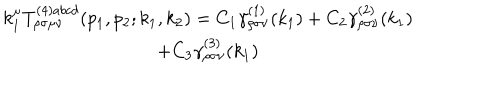
LaTeX: \begin{array} { c } { { k _ { 1 } ^ { \mu } T _ { \rho \sigma \mu \nu } ^ { ( 4 ) a b c d } ( p _ { 1 } , p _ { 2 } ; k _ { 1 } , k _ { 2 } ) = C _ { 1 } \gamma _ { \rho \sigma \nu } ^ { ( 1 ) } ( k _ { 1 } ) + C _ { 2 } \gamma _ { \rho \sigma \nu } ^ { ( 2 ) } ( k _ { 1 } ) } } \\ { { + C _ { 3 } \gamma _ { \rho \sigma \nu } ^ { ( 3 ) } ( k _ { 1 } ) } } \\ \end{array}